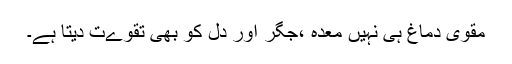
مقوی دماغ ہی نہیں معدہ ،جگر اور دل کو بھی تقوےت دیتا ہے۔